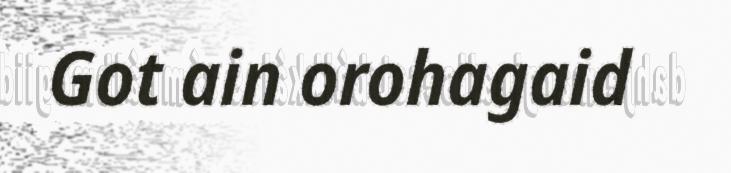
Got ain orohagaid